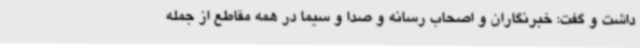
داشت و گفت: خبرنگاران و اصحاب رسانه و صدا و سیما در همه مقاطع از جمله